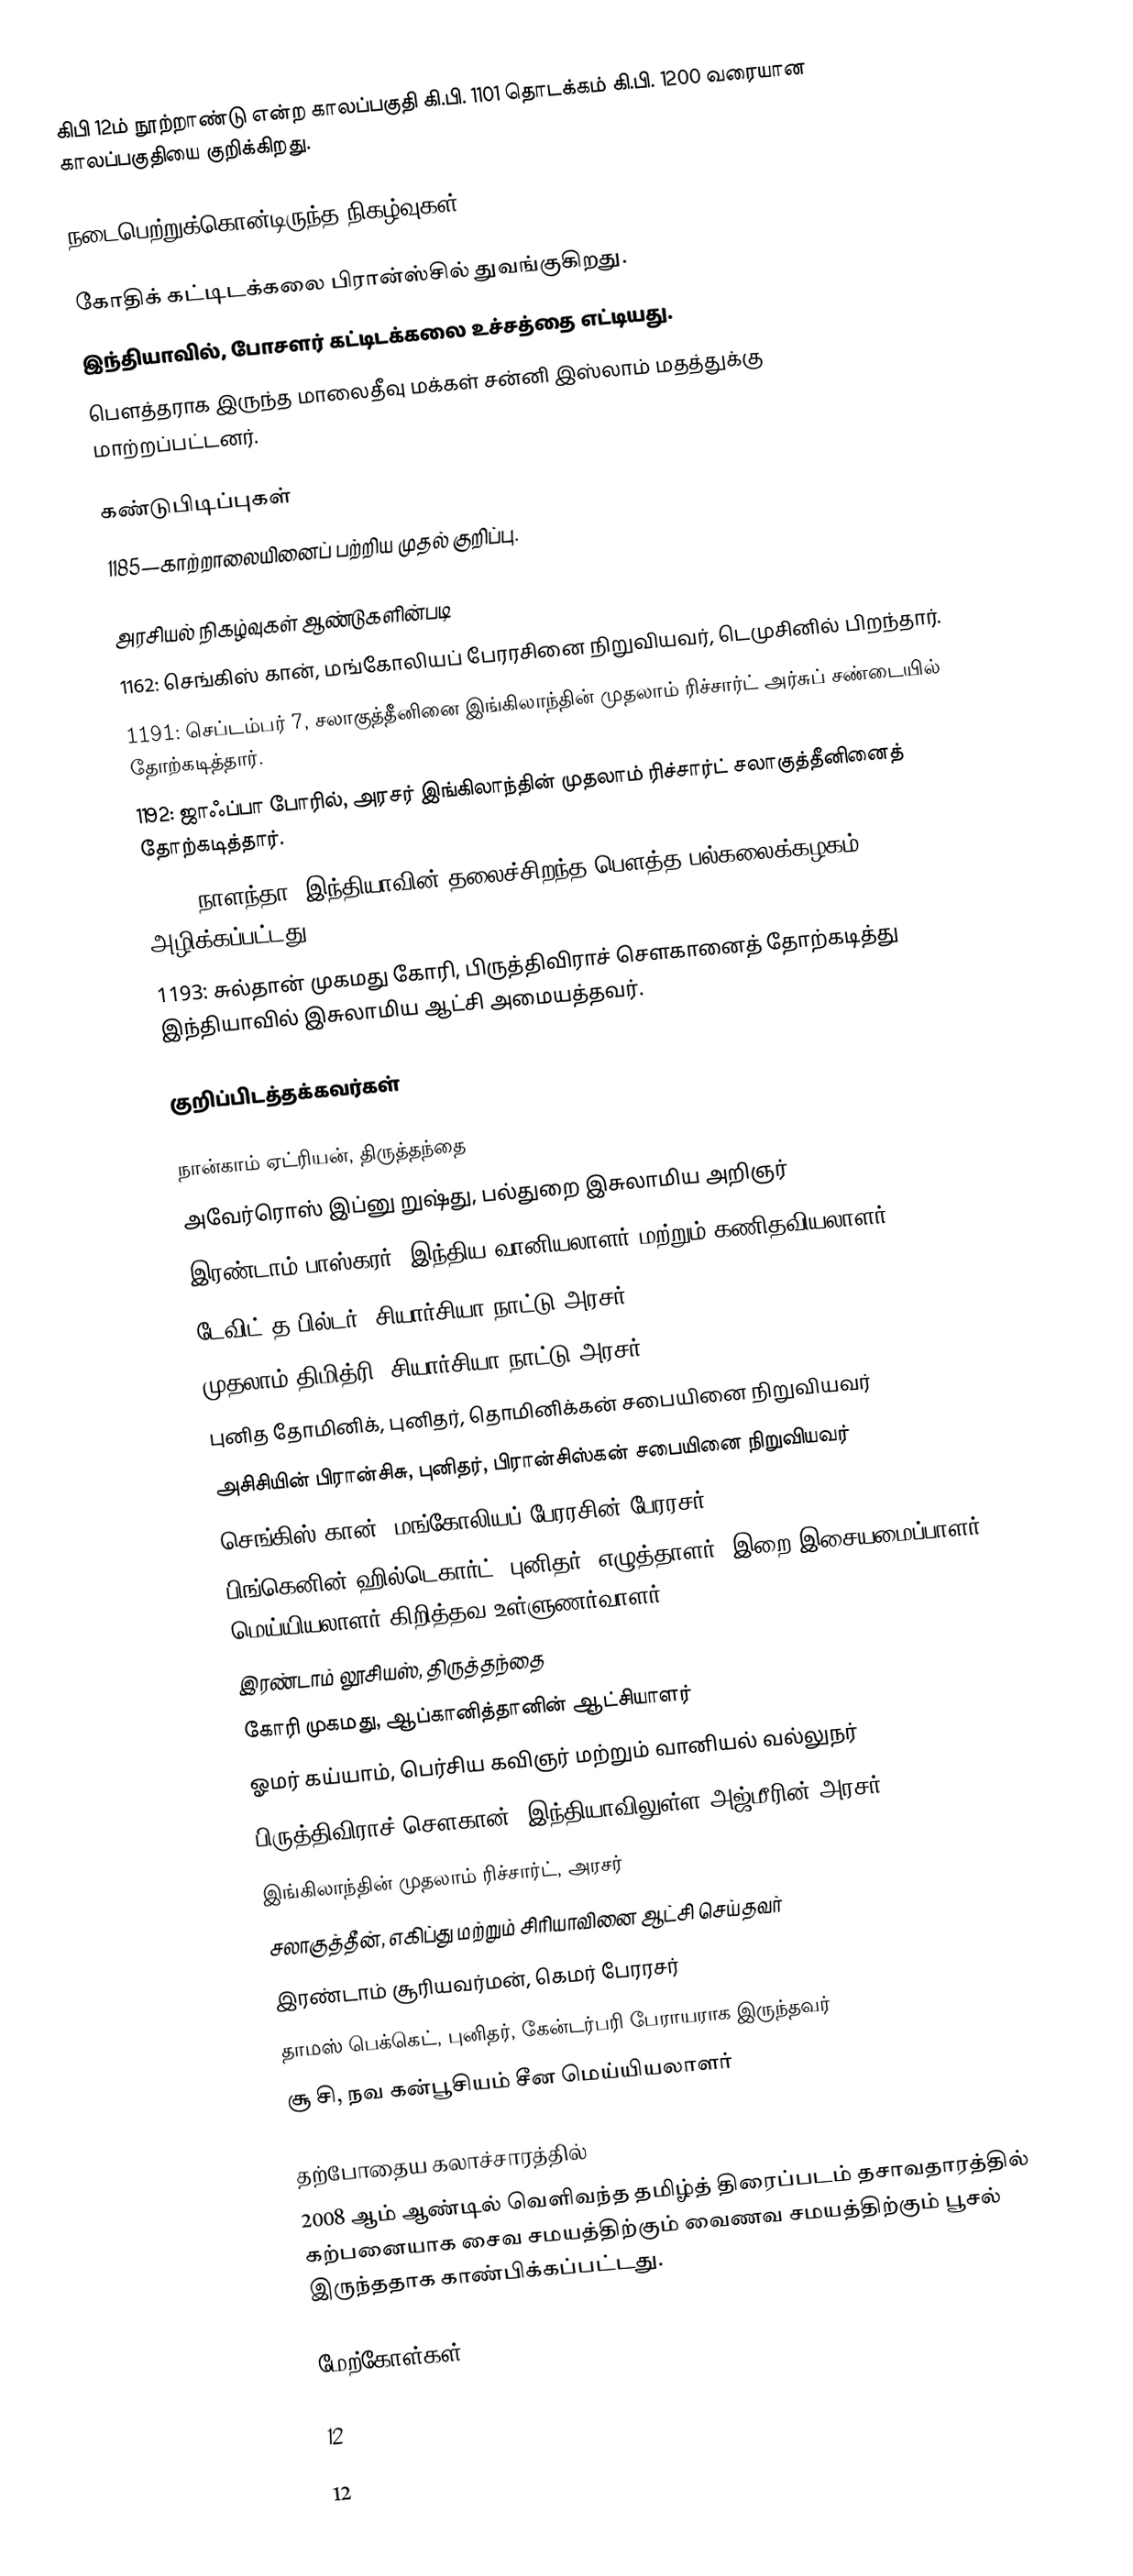
கிபி 12ம் நூற்றாண்டு என்ற காலப்பகுதி கி.பி. 1101 தொடக்கம் கி.பி. 1200 வரையான காலப்பகுதியை குறிக்கிறது.

நடைபெற்றுக்கொன்டிருந்த நிகழ்வுகள்

 கோதிக் கட்டிடக்கலை பிரான்ஸ்சில் துவங்குகிறது.
 இந்தியாவில், போசளர் கட்டிடக்கலை உச்சத்தை எட்டியது.
 பௌத்தராக இருந்த மாலைதீவு மக்கள் சன்னி இஸ்லாம் மதத்துக்கு மாற்றப்பட்டனர்.

கண்டுபிடிப்புகள்
 1185—காற்றாலையினைப் பற்றிய முதல் குறிப்பு.

அரசியல் நிகழ்வுகள் ஆண்டுகளின்படி
 1162: செங்கிஸ் கான், மங்கோலியப் பேரரசினை நிறுவியவர், டெமுசினில் பிறந்தார்.
 1191: செப்டம்பர் 7, சலாகுத்தீனினை இங்கிலாந்தின் முதலாம் ரிச்சார்ட் அர்சுப் சண்டையில் தோற்கடித்தார்.
 1192: ஜாஃப்பா போரில், அரசர் இங்கிலாந்தின் முதலாம் ரிச்சார்ட் சலாகுத்தீனினைத் தோற்கடித்தார்.
 1193: நாளந்தா, இந்தியாவின் தலைச்சிறந்த பௌத்த பல்கலைக்கழகம் அழிக்கப்பட்டது.
 1193: சுல்தான் முகமது கோரி, பிருத்திவிராச் சௌகானைத் தோற்கடித்து இந்தியாவில் இசுலாமிய ஆட்சி அமையத்தவர்.

குறிப்பிடத்தக்கவர்கள்

 நான்காம் ஏட்ரியன், திருத்தந்தை
 அவேர்ரொஸ் இப்னு றுஷ்து, பல்துறை இசுலாமிய அறிஞர்
 இரண்டாம் பாஸ்கரர், இந்திய வானியலாளர் மற்றும் கணிதவியலாளர்
 டேவிட் த பில்டர், சியார்சியா நாட்டு அரசர்
 முதலாம் திமித்ரி, சியார்சியா நாட்டு அரசர்
 புனித தோமினிக், புனிதர், தொமினிக்கன் சபையினை நிறுவியவர்
 அசிசியின் பிரான்சிசு, புனிதர், பிரான்சிஸ்கன் சபையினை நிறுவியவர்
 செங்கிஸ் கான், மங்கோலியப் பேரரசின் பேரரசர்
 பிங்கெனின் ஹில்டெகார்ட், புனிதர், எழுத்தாளர், இறை இசையமைப்பாளர், மெய்யியலாளர்,கிறித்தவ உள்ளுணர்வாளர்
 இரண்டாம் லூசியஸ், திருத்தந்தை
 கோரி முகமது, ஆப்கானித்தானின் ஆட்சியாளர்
 ஓமர் கய்யாம், பெர்சிய கவிஞர் மற்றும் வானியல் வல்லுநர்
 பிருத்திவிராச் சௌகான், இந்தியாவிலுள்ள அஜ்மீரின் அரசர்
 இங்கிலாந்தின் முதலாம் ரிச்சார்ட், அரசர்
 சலாகுத்தீன், எகிப்து மற்றும் சிரியாவினை ஆட்சி செய்தவர்
 இரண்டாம் சூரியவர்மன், கெமர் பேரரசர்
 தாமஸ் பெக்கெட், புனிதர், கேன்டர்பரி பேராயராக இருந்தவர்
 சூ சி, நவ கன்பூசியம் சீன மெய்யியலாளர்

தற்போதைய கலாச்சாரத்தில்
 2008 ஆம் ஆண்டில் வெளிவந்த தமிழ்த் திரைப்படம் தசாவதாரத்தில் கற்பனையாக சைவ சமயத்திற்கும் வைணவ சமயத்திற்கும் பூசல் இருந்ததாக காண்பிக்கப்பட்டது.

மேற்கோள்கள்

12

12